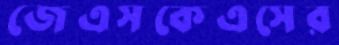
জেএসকেএসের